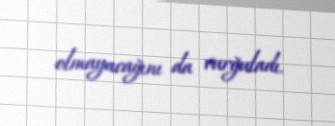
olmayacağını da vurğuladı.